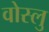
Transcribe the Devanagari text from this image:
वोस्लु